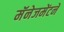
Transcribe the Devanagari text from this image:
मॅनेजमेंटने